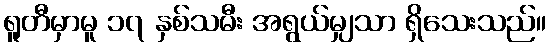
ရူတီမှာမူ ၁၇ နှစ်သမီး အရွယ်မျှသာ ရှိသေးသည်။